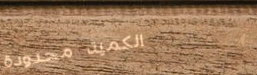
الكمية محدودة